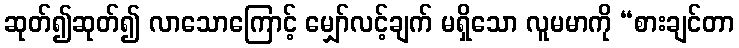
ဆုတ်၍ဆုတ်၍ လာသောကြောင့် မျှော်လင့်ချက် မရှိသော လူမမာကို “စားချင်တာ